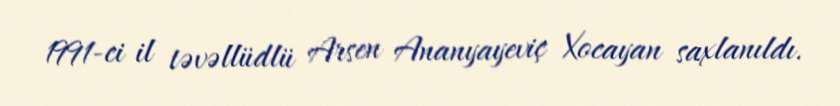
1991-ci il təvəllüdlü Arsen Ananyayeviç Xocayan saxlanıldı.